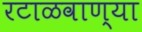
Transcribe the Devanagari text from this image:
रटाळवाण्या